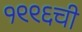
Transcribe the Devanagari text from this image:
१९९६ची